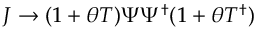
J \rightarrow ( 1 + \theta T ) \Psi \Psi ^ { \dagger } ( 1 + \theta T ^ { \dagger } )